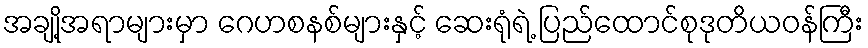
အချို့အရာများမှာ ဂေဟစနစ်များနှင့် ဆေးရုံရဲ့ ပြည်ထောင်စုဒုတိယဝန်ကြီး